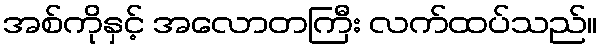
အစ်ကိုနှင့် အလောတကြီး လက်ထပ်သည်။